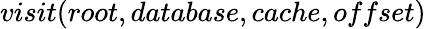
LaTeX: visit(root,database,cache,offset)